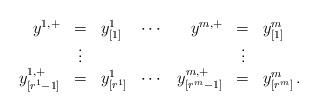
LaTeX: \begin{align*}\begin{array}{rclcrcl}y^{1,+} & = & y_{[1]}^{1} & \cdots & y^{m,+} & = & y_{[1]}^{m}\\ & \vdots & & & & \vdots\\y_{[r^{1}-1]}^{1,+} & = & y_{[r^{1}]}^{1} & \cdots & y_{[r^{m}-1]}^{m,+} & = & y_{[r^{m}]}^{m}\,.\end{array}\end{align*}